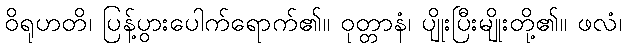
ဝိရုဟတိ၊ ပြန့်ပွားပေါက်ရောက်၏။ ဝုတ္တာနံ၊ ပျိုးပြီးမျိုးတို့၏။ ဖလံ၊